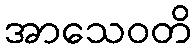
အာသေဝတိ